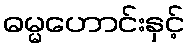
ဓမ္မဟောင်းနှင့်